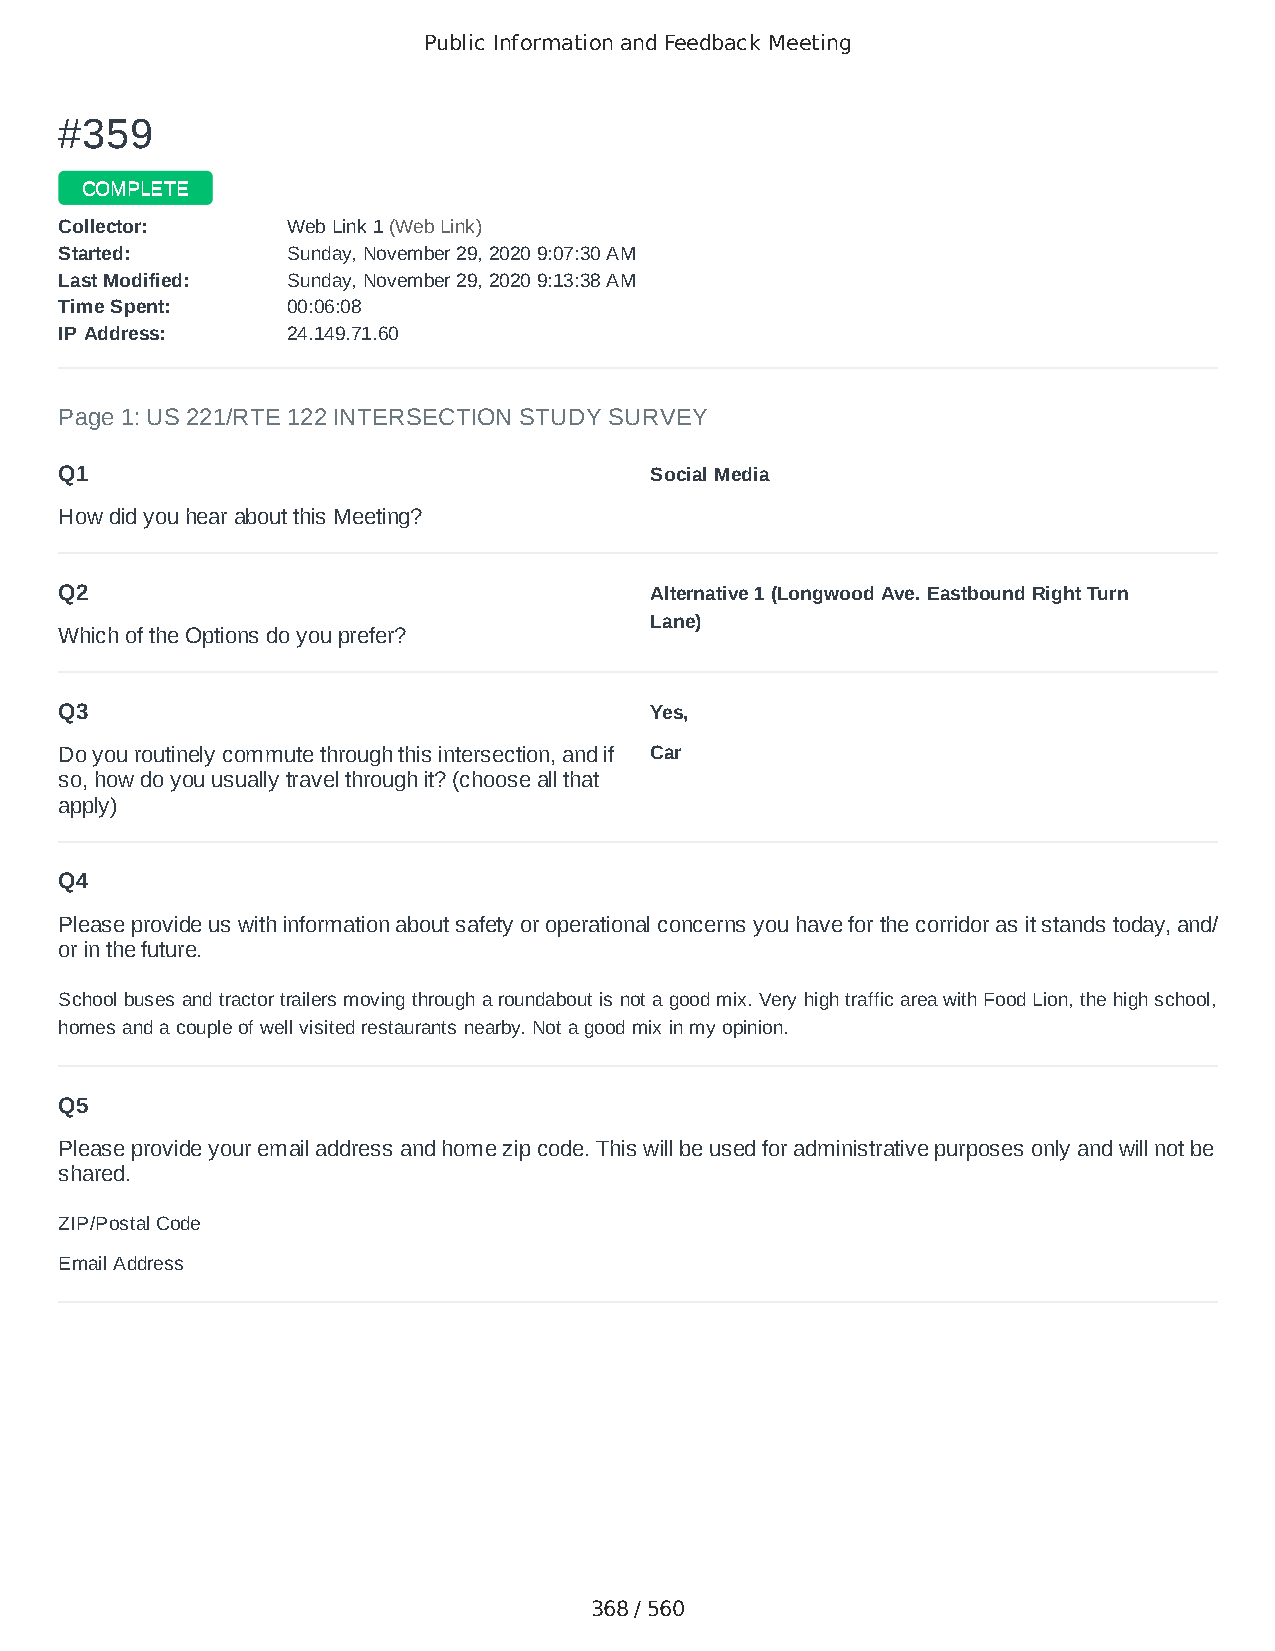
Public Information and Feedback Meeting
 ##335599
 CCOOMMPPLLEETTEE
 CCoolllleeccttoorr:: WWeebb LLiinnkk 11 ((WWeebb LLiinnkk))
 SSttaarrtteedd:: SSuunnddaayy,, NNoovveemmbbeerr 2299,, 22002200 99::0077::3300 AAMM
 LLaasstt MMooddiiffiieedd:: SSuunnddaayy,, NNoovveemmbbeerr 2299,, 22002200 99::1133::3388 AAMM
 TTiimmee SSppeenntt:: 0000::0066::0088
 IIPP AAddddrreessss:: 2244..114499..7711..6600
 Page 1: US 221/RTE 122 INTERSECTION STUDY SURVEY
 Q1                                     Social Media
 How did you hear about this Meeting?
 Q2                                     Alternative 1 (Longwood Ave. Eastbound Right Turn
 Lane)
 Which of the Options do you prefer?
 Q3                                     Yes,
 Do you routinely commute through this intersection, and if Car
 so, how do you usually travel through it? (choose all that
 apply)
 Q4
 Please provide us with information about safety or operational concerns you have for the corridor as it stands today, and/
 or in the future.
 School buses and tractor trailers moving through a roundabout is not a good mix. Very high traffic area with Food Lion, the high school,
 homes and a couple of well visited restaurants nearby. Not a good mix in my opinion.
 Q5
 Please provide your email address and home zip code. This will be used for administrative purposes only and will not be
 shared.
 ZIP/Postal Code                        24523
 Email Address                          davidlinkenhoker@gmail.com
 368 / 560